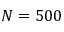
N = 5 0 0